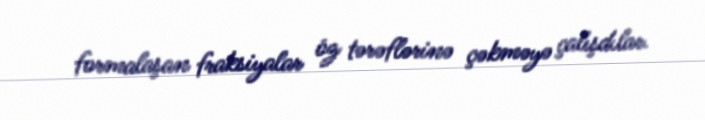
formalaşan fraksiyalar öz tərəflərinə çəkməyə çalışdılar.